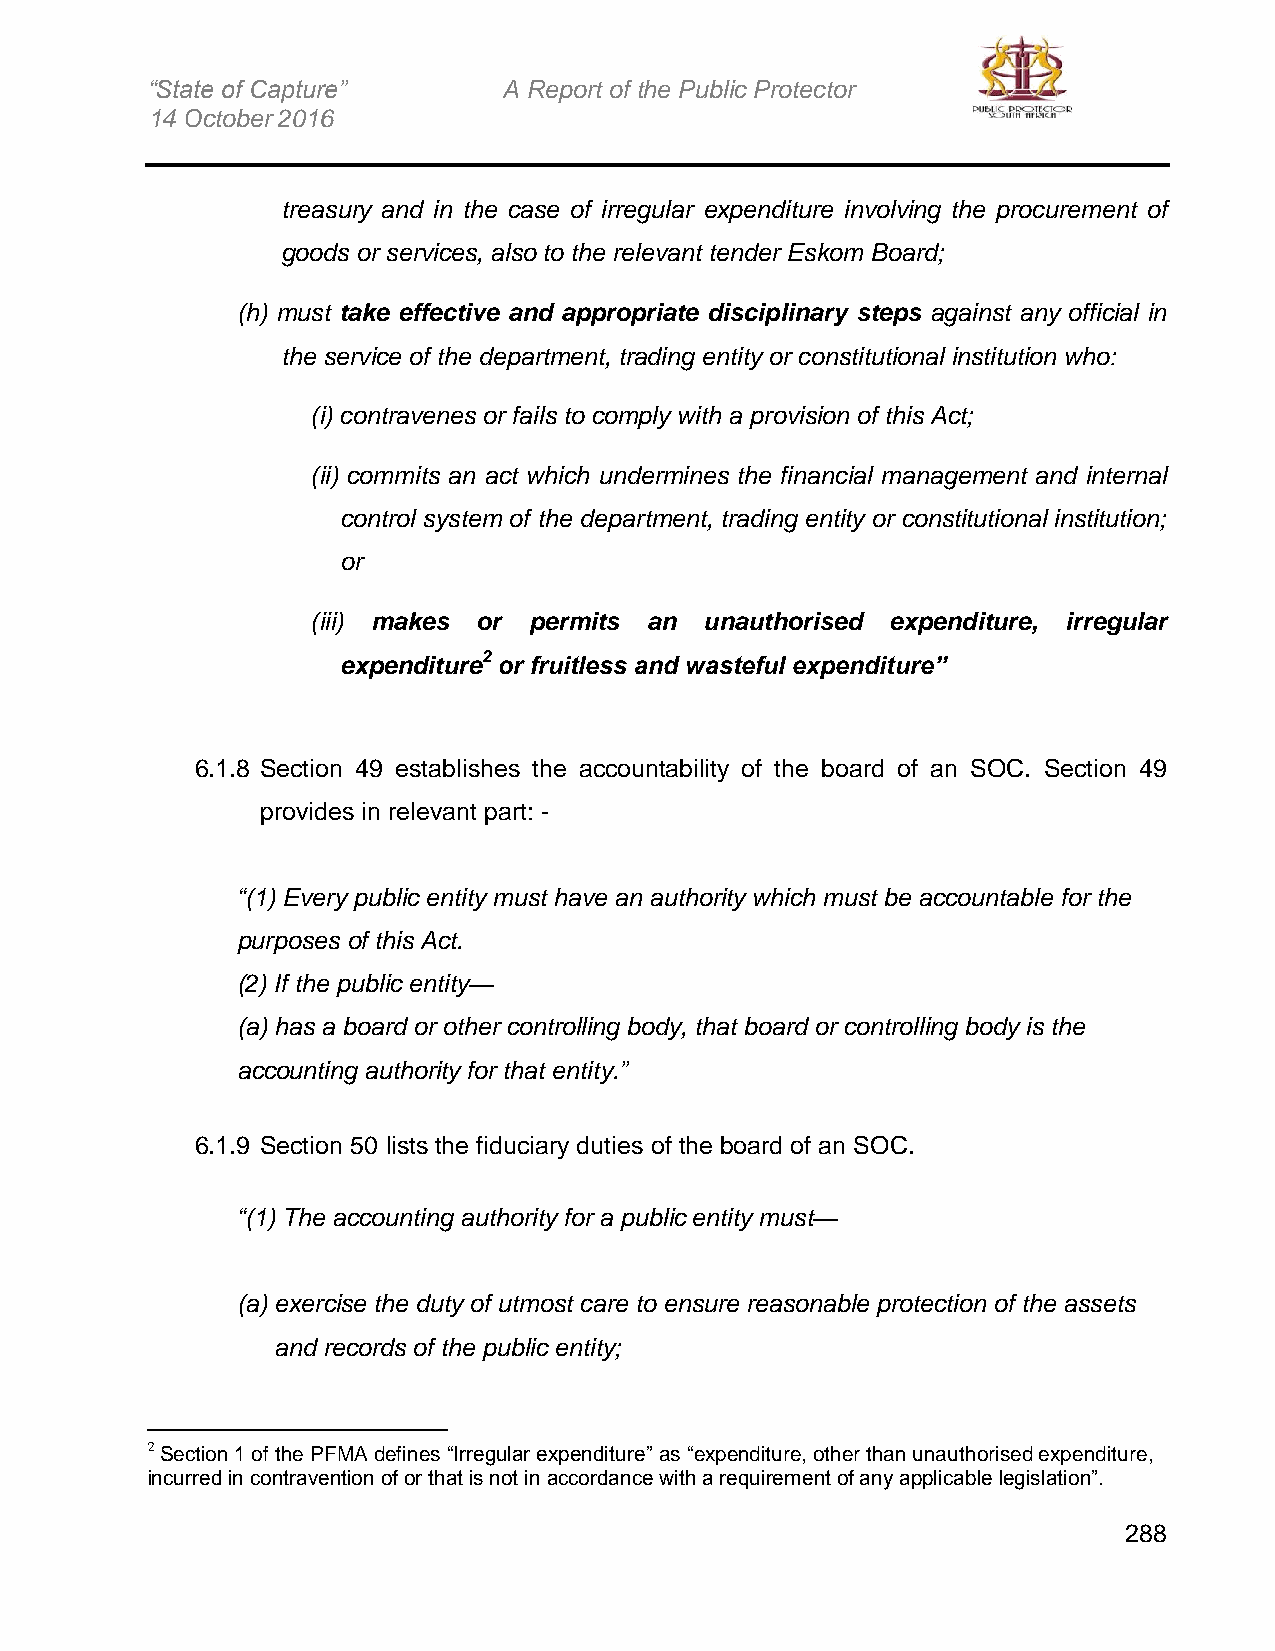
“State of Capture”     A Report of the Public Protector
 14 October 2016
 treasury and in the case of irregular expenditure involving the procurement of
 goods or services, also to the relevant tender Eskom Board;
 (h) must take effective and appropriate disciplinary steps against any official in
 the service of the department, trading entity or constitutional institution who:
 (i) contravenes or fails to comply with a provision of this Act;
 (ii) commits an act which undermines the financial management and internal
 control system of the department, trading entity or constitutional institution;
 or
 (iii) makes or permits an unauthorised expenditure, irregular
 expenditure2 or fruitless and wasteful expenditure”
 6.1.8 Section 49 establishes the accountability of the board of an SOC. Section 49
 provides in relevant part: -
 “(1) Every public entity must have an authority which must be accountable for the
 purposes of this Act.
 (2) If the public entity—
 (a) has a board or other controlling body, that board or controlling body is the
 accounting authority for that entity.”
 6.1.9 Section 50 lists the fiduciary duties of the board of an SOC.
 “(1) The accounting authority for a public entity must—
 (a) exercise the duty of utmost care to ensure reasonable protection of the assets
 and records of the public entity;
 2 Section 1 of the PFMA defines “Irregular expenditure” as “expenditure, other than unauthorised expenditure,
 incurred in contravention of or that is not in accordance with a requirement of any applicable legislation”.
 288